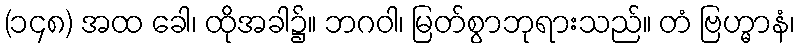
(၁၄၈) အထ ခေါ၊ ထိုအခါ၌။ ဘဂဝါ၊ မြတ်စွာဘုရားသည်။ တံ ဗြဟ္မာနံ၊